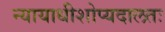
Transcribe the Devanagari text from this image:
न्यायाधीशोप्यदालतः